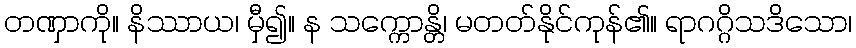
တဏှာကို။ နိဿာယ၊ မှီ၍။ န သက္ကောန္တိ၊ မတတ်နိုင်ကုန်၏။ ရာဂဂ္ဂိသဒိသော၊